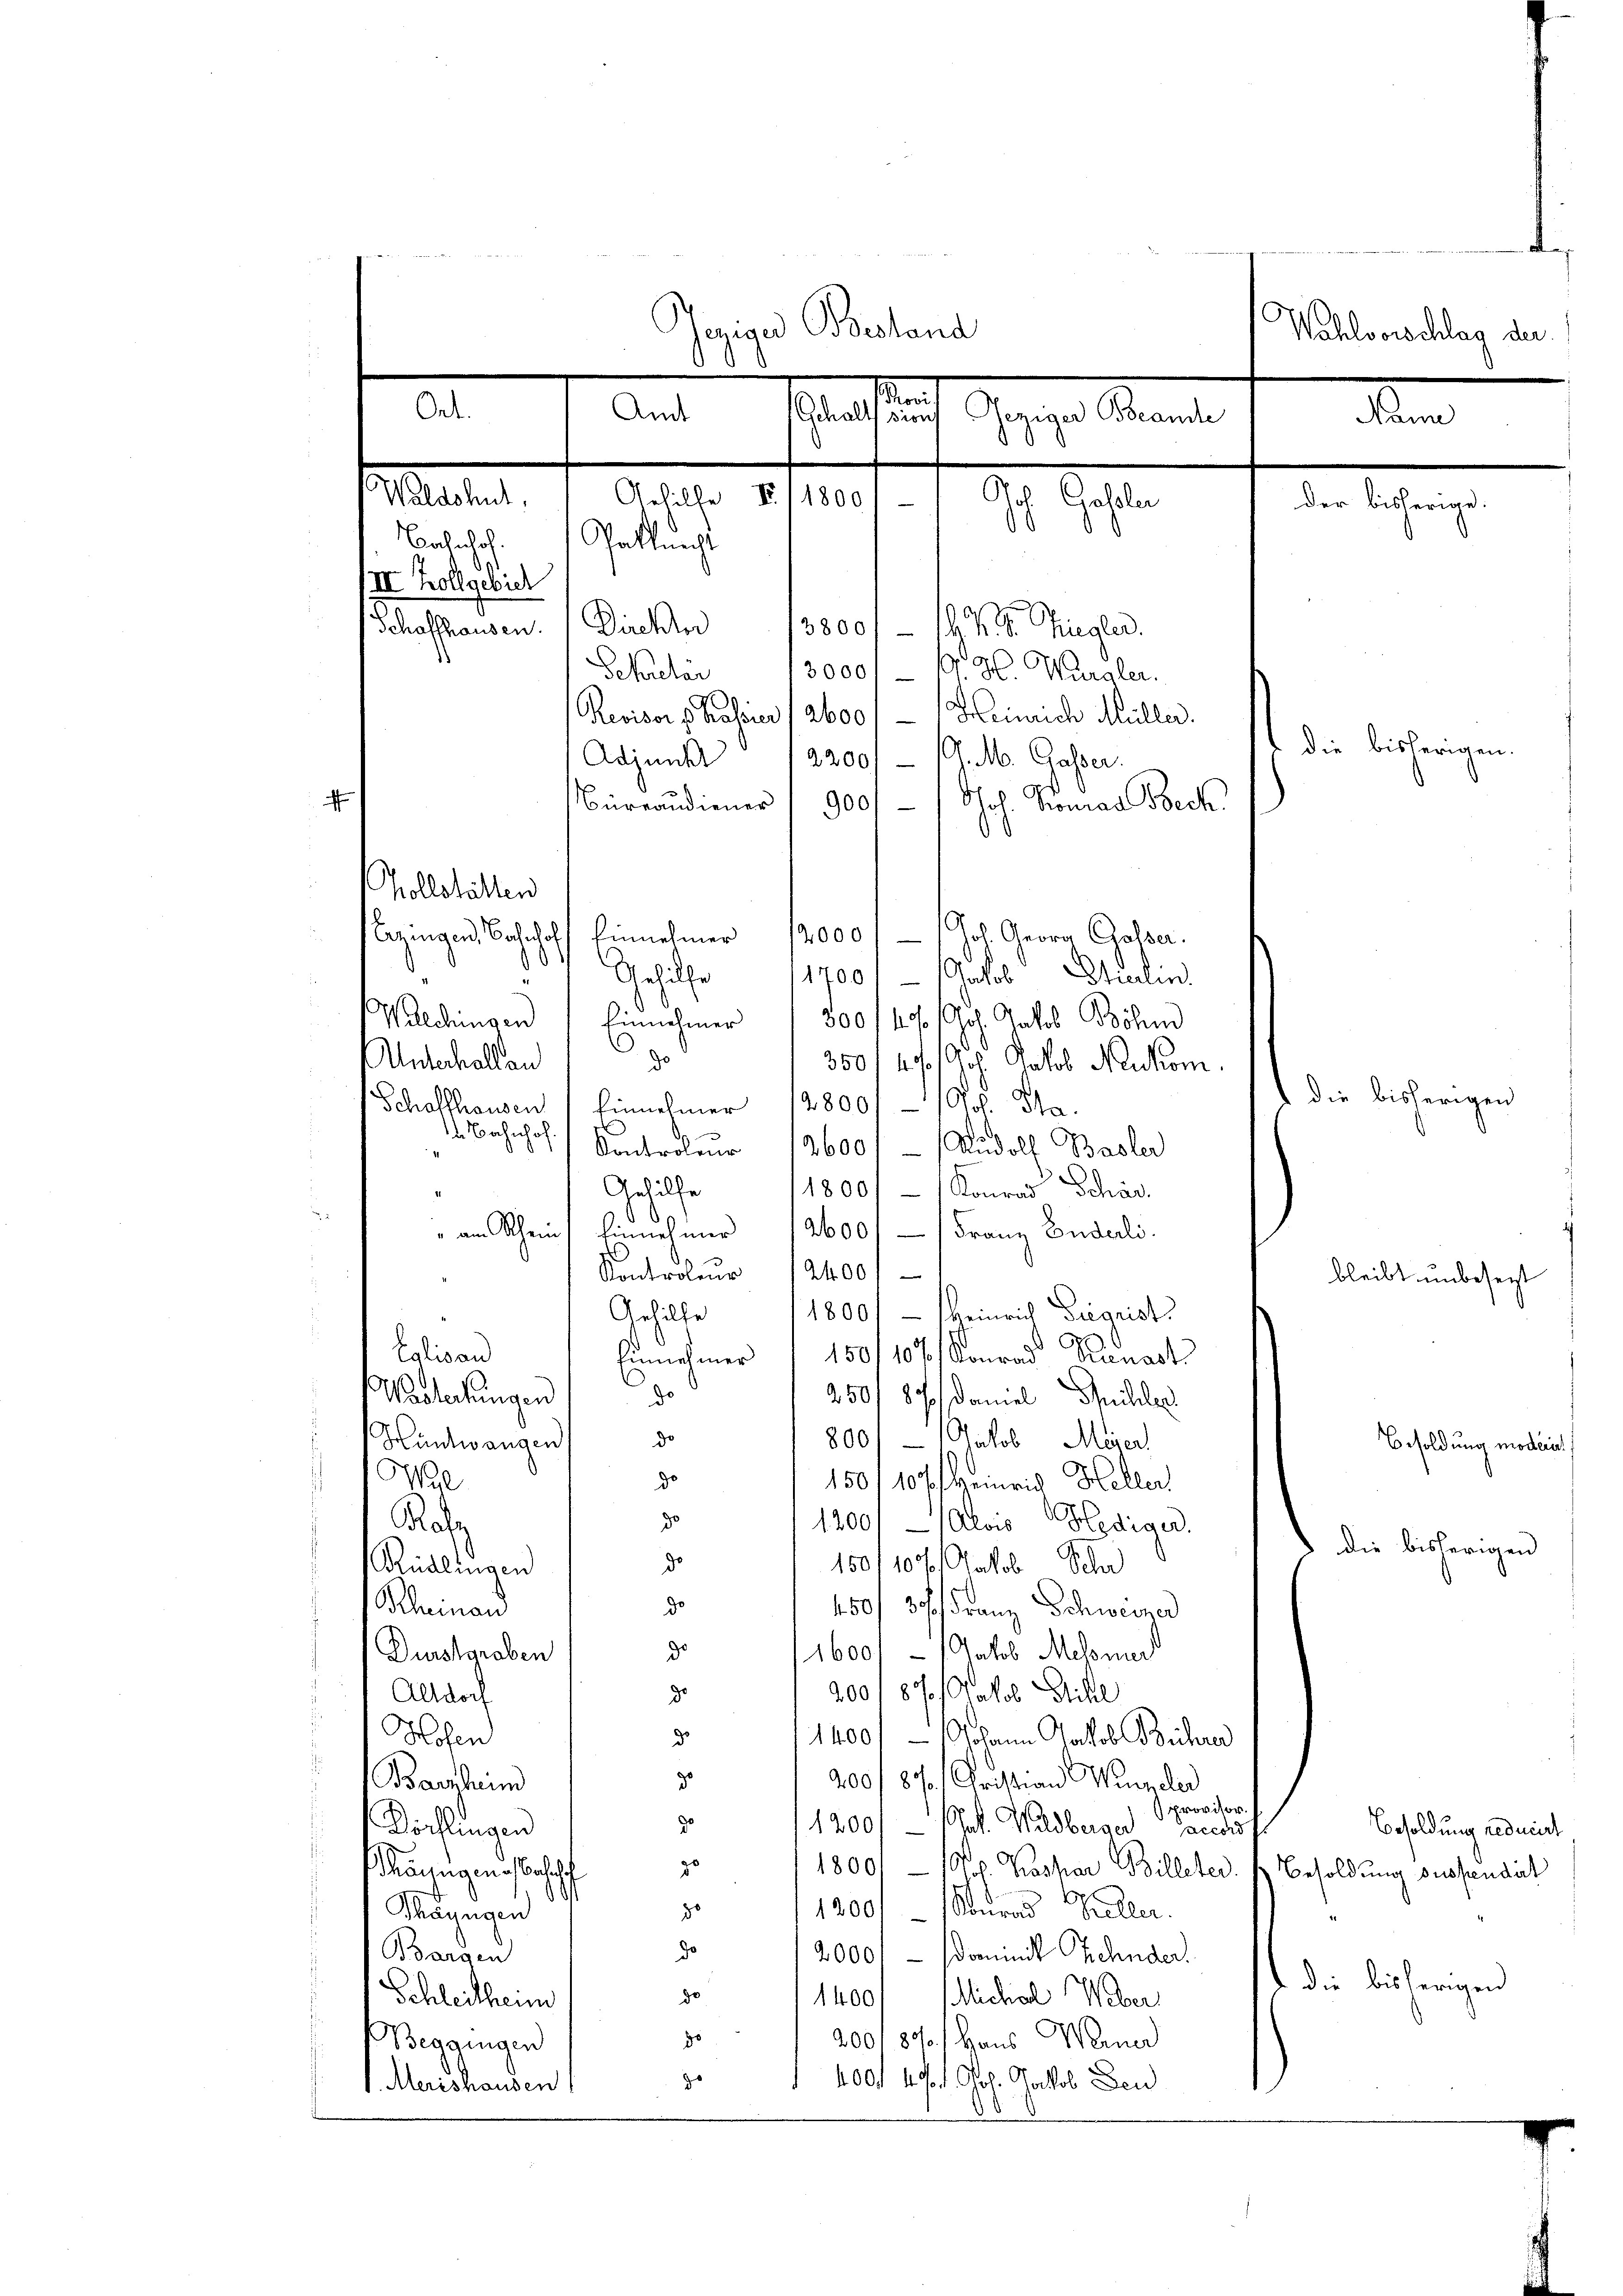
Jerige Bestand
Wchlosschlag der
0
 7 Art. Massich Gegen Kanal d. M.
Sultaten,
Gehilfe II 1800
1.11.10.
der bisherige.
Bahnhof. Galleicht
II Zollgebiet
Schaffhausen. Direkt
3800/ – 147. Siegler.
13000/ – 10. H. Wurgler.
Sekretai
Revisor v. Kassier 12600/ - Heinrich Müller.
die bisherigen.
a2001 - 10. 16. Gasser.
Adjunkt
i
Büreaudiener / 9001- / Joh. Konrad Seck

Vollstätten
Eezingen, Bahnhof, Einnehmer
12000 / / Joh. Georg Gasser.
0
1700//Jakob Etuurlin
Gehülfe
Waechingen Einnehmer 300/4% Joh. Jakob Böhm
0
Antechall an
350/4. Joh. Jakob Neukom
1 die bisherigen
Schaffhausen Einnehmer 128001 - 1 Joh. Sta
 Bahnhof
Kontroleur 12600 f - Rudolf Basler
Gehilfe
1800/ Konrad Schär
" am Schein Einnehmer 12600 Franz Enderli
Kontroler 12400
bleibt unbesezt
1800. Heinrich Siegrist
Gehilfe
i
Eglisau
Einnehmer (150/106/ Konrad Renart
do
Wasterkungen
Guille
250f 87) Daniel
do
800/ 1 Jakob Meier
Hüntwangen
Besoldung macheint,
de
Wyl
150/107/ Heinrich Heller
de
1200/1 Alois Hediger.
Rate
 die bisherigen
do
150110% Aakob Schn
Rüdlingen
do
Kleinand
450f 3. Franz Schweiner
d
1600. - Jakob Meloner
Durstgraben
d
200187/ Jakob Sihl
Altdorf
s
d
Hosen
1400/ Johann Jakob Bühre
¬
go
200/87. Christian Windler
Barstein
provisor.
d
e
1200/ — (Pat. Wildberger Sacches
Besoldung reducirt
Köchlingen
s
1800. - Prof. Kaspar Billeter. 1 Besoldung suspendirt
Thöungenes Bahnhof
¬
80
1300 Kurad Keller.
Schnungen
do
Bargen
2000.- dominik Zehnder.
 die bisherigen
.
do
1400f Michael Weber
Schleitheim
go
200187/ Hans Mann
Beggingen
z
 400. 471. Joh. Jakob Deu
. Merishausen

d